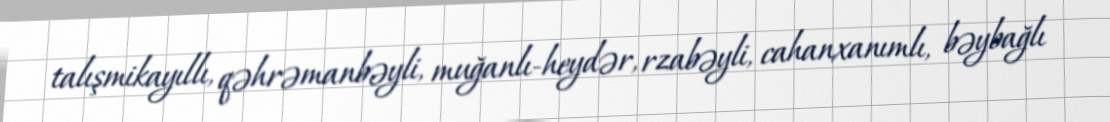
talışmikayıllı, qəhrəmanbəyli, muğanlı-heydər, rzabəyli, cahanxanımlı, bəybağlı